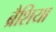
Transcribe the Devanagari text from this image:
ब्रैशिया